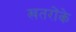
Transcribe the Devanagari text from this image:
खतरोंके